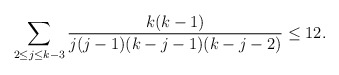
\begin{align*} \sum_{2\le j\le k-3}\frac{k(k-1)}{j(j-1)(k-j-1)(k-j-2)}\le 12.\end{align*}